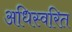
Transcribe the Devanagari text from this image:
अधिस्वरित